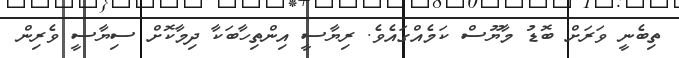
ތިބެނީ ވަރަށް ބޮޑު މާޔޫސް ކަމެއްގައެވެ. ރިޔާސީ އިންތިހާބަކާ ދިމާކޮށް ސިޔާސީ ވެރިން